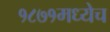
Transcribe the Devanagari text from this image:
१८७१मध्येच